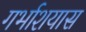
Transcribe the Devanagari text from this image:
गर्भाशयास